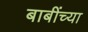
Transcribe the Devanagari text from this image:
बाबींच्‍या